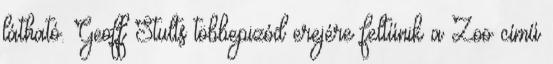
látható. Geoff Stults többepizód erejére feltűnik a Zoo című